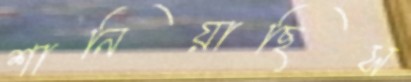
শানিয়াছিস